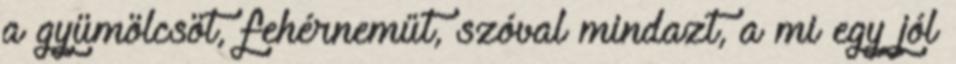
a gyümölcsöt, fehérneműt, szóval mindazt, a mi egy jól